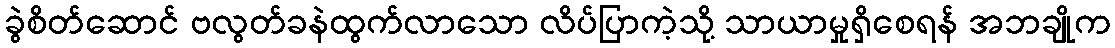
ခွဲစိတ်ဆောင် ဗလွတ်ခနဲထွက်လာသော လိပ်ပြာကဲ့သို့ သာယာမှုရှိစေရန် အဘချိုက